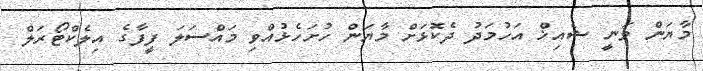
މާޔަން ވަނީ ޝެއިޚް އަހުމަދު ދެކޮޅަށް މާޔަން ހުށަހެޅުއްވި މައްސަލަ ފީފާގެ އިލެކްޓޯރަލް